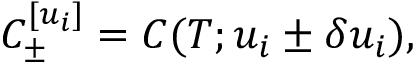
C _ { \pm } ^ { [ u _ { i } ] } = C ( T ; u _ { i } \pm \delta u _ { i } ) ,